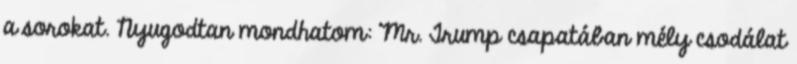
a sorokat. Nyugodtan mondhatom: Mr. Trump csapatában mély csodálat